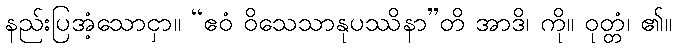
နည်းပြအံ့သောငှာ။ “ဧဝံ ဝိသေသာနုပဿိနာ”တိ အာဒိ၊ ကို။ ဝုတ္တံ၊ ၏။